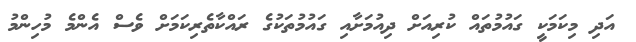
އަދި މިކަމަކީ ގައުމުތައް ކުރިއަށް ދިއުމަށާއި ގައުމުތަކުގެ ރައްކާތެރިކަމަށް ވެސް އެންމެ މުހިންމު